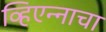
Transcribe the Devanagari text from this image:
व्हिएन्नाचा